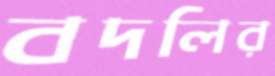
বদলির